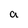
Character: a